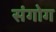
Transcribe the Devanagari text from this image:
संगोग